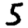
Digit: 5